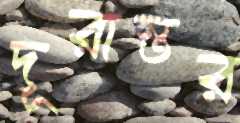
দূরান্তর